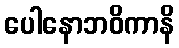
ပေါနောဘဝိကာနိ